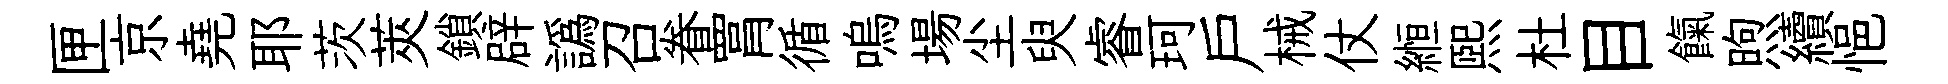
匣京堯耶茨莢鎖辟譌召眷罥循嗚場尘臾睿珂戶械仗縆熙杜目餼煦續悒